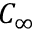
C _ { \infty }